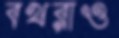
বখরাও